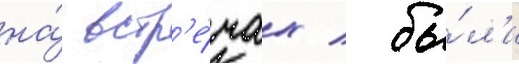
на́ встр'е́чах / бы́л'и